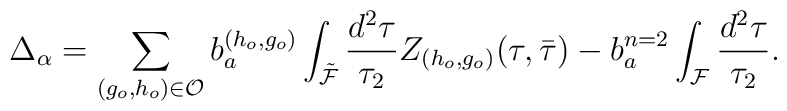
\Delta_{\alpha}= \sum_{(g_o,h_o) \in {\cal O}} b_a^{(h_o,g_o)}\int_{\tilde {\cal F}} \frac{d^2 \tau}{\tau_2}Z_{(h_o,g_o)}(\tau,{\bar \tau}) -b_a^{n=2}\int_{\cal F} \frac{d^2 \tau}{\tau_2}.